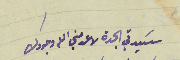
سَيدتي الجدة لا عدمني الله وجودك